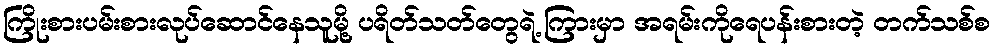
ကြိုးစားပမ်းစားလုပ်ဆောင်နေသူမို့ ပရိတ်သတ်တွေရဲ့ ကြားမှာ အရမ်းကိုရေပန်းစားတဲ့ တက်သစ်စ